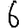
Digit: 6